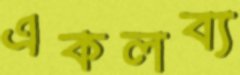
একলব্য